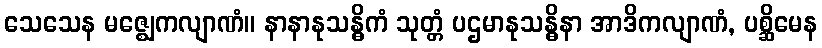
သေသေန မဇ္ဈေကလျာဏံ။ နာနာနုသန္ဓိကံ သုတ္တံ ပဌမာနုသန္ဓိနာ အာဒိကလျာဏံ, ပစ္ဆိမေန